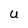
Character: U